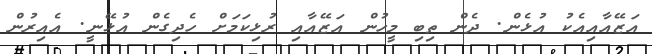
އަޒޭއާއިއެކު އުޅެން. ދެން ތިބި މީހުން އަޒޭއާއި ރުޅިކަމަށް ހެދިގެން އުޅޭނީ. އެއިރުން